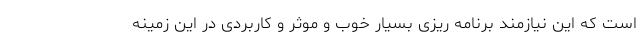
است که این نیازمند برنامه ریزی بسیار خوب و موثر و کاربردی در این زمینه